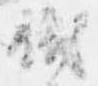
職